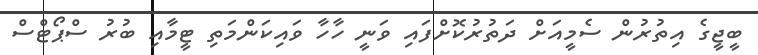
ބީޖީގެ އިތުރުން ސެމީއަށް ދަތުރުކޮށްފައި ވަނީ ހާހާ ވައިކަންމަތި ޓީމާއި ބުރު ސްޕޯޓްސް